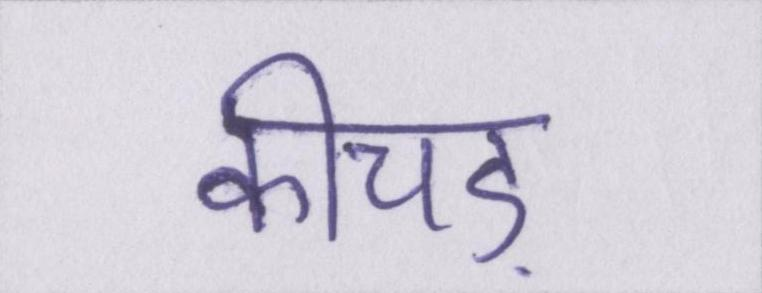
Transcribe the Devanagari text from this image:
कीचड़